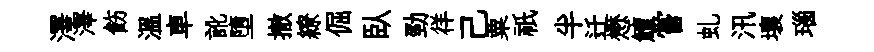
澤澤飭温車訛墮撤繚倔臥勁徉己粟祇半迁懋鱣嘗虬汛壤瑙